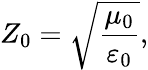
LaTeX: Z_{0}={\sqrt{\frac{\mu_{0}}{\varepsilon_{0}}}},